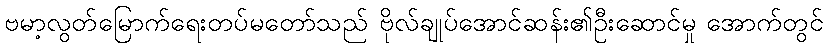
ဗမာ့လွတ်မြောက်ရေးတပ်မတော်သည် ဗိုလ်ချုပ်အောင်ဆန်း၏ဦးဆောင်မှု အောက်တွင်